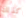
كذلك